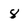
Character: 8